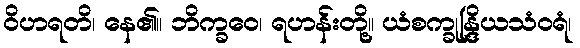
ဝိဟရတိ၊ နေ၏။ ဘိက္ခဝေ၊ ရဟန်းတို့။ ယံစက္ခုန္ဒြိယသံဝရံ၊